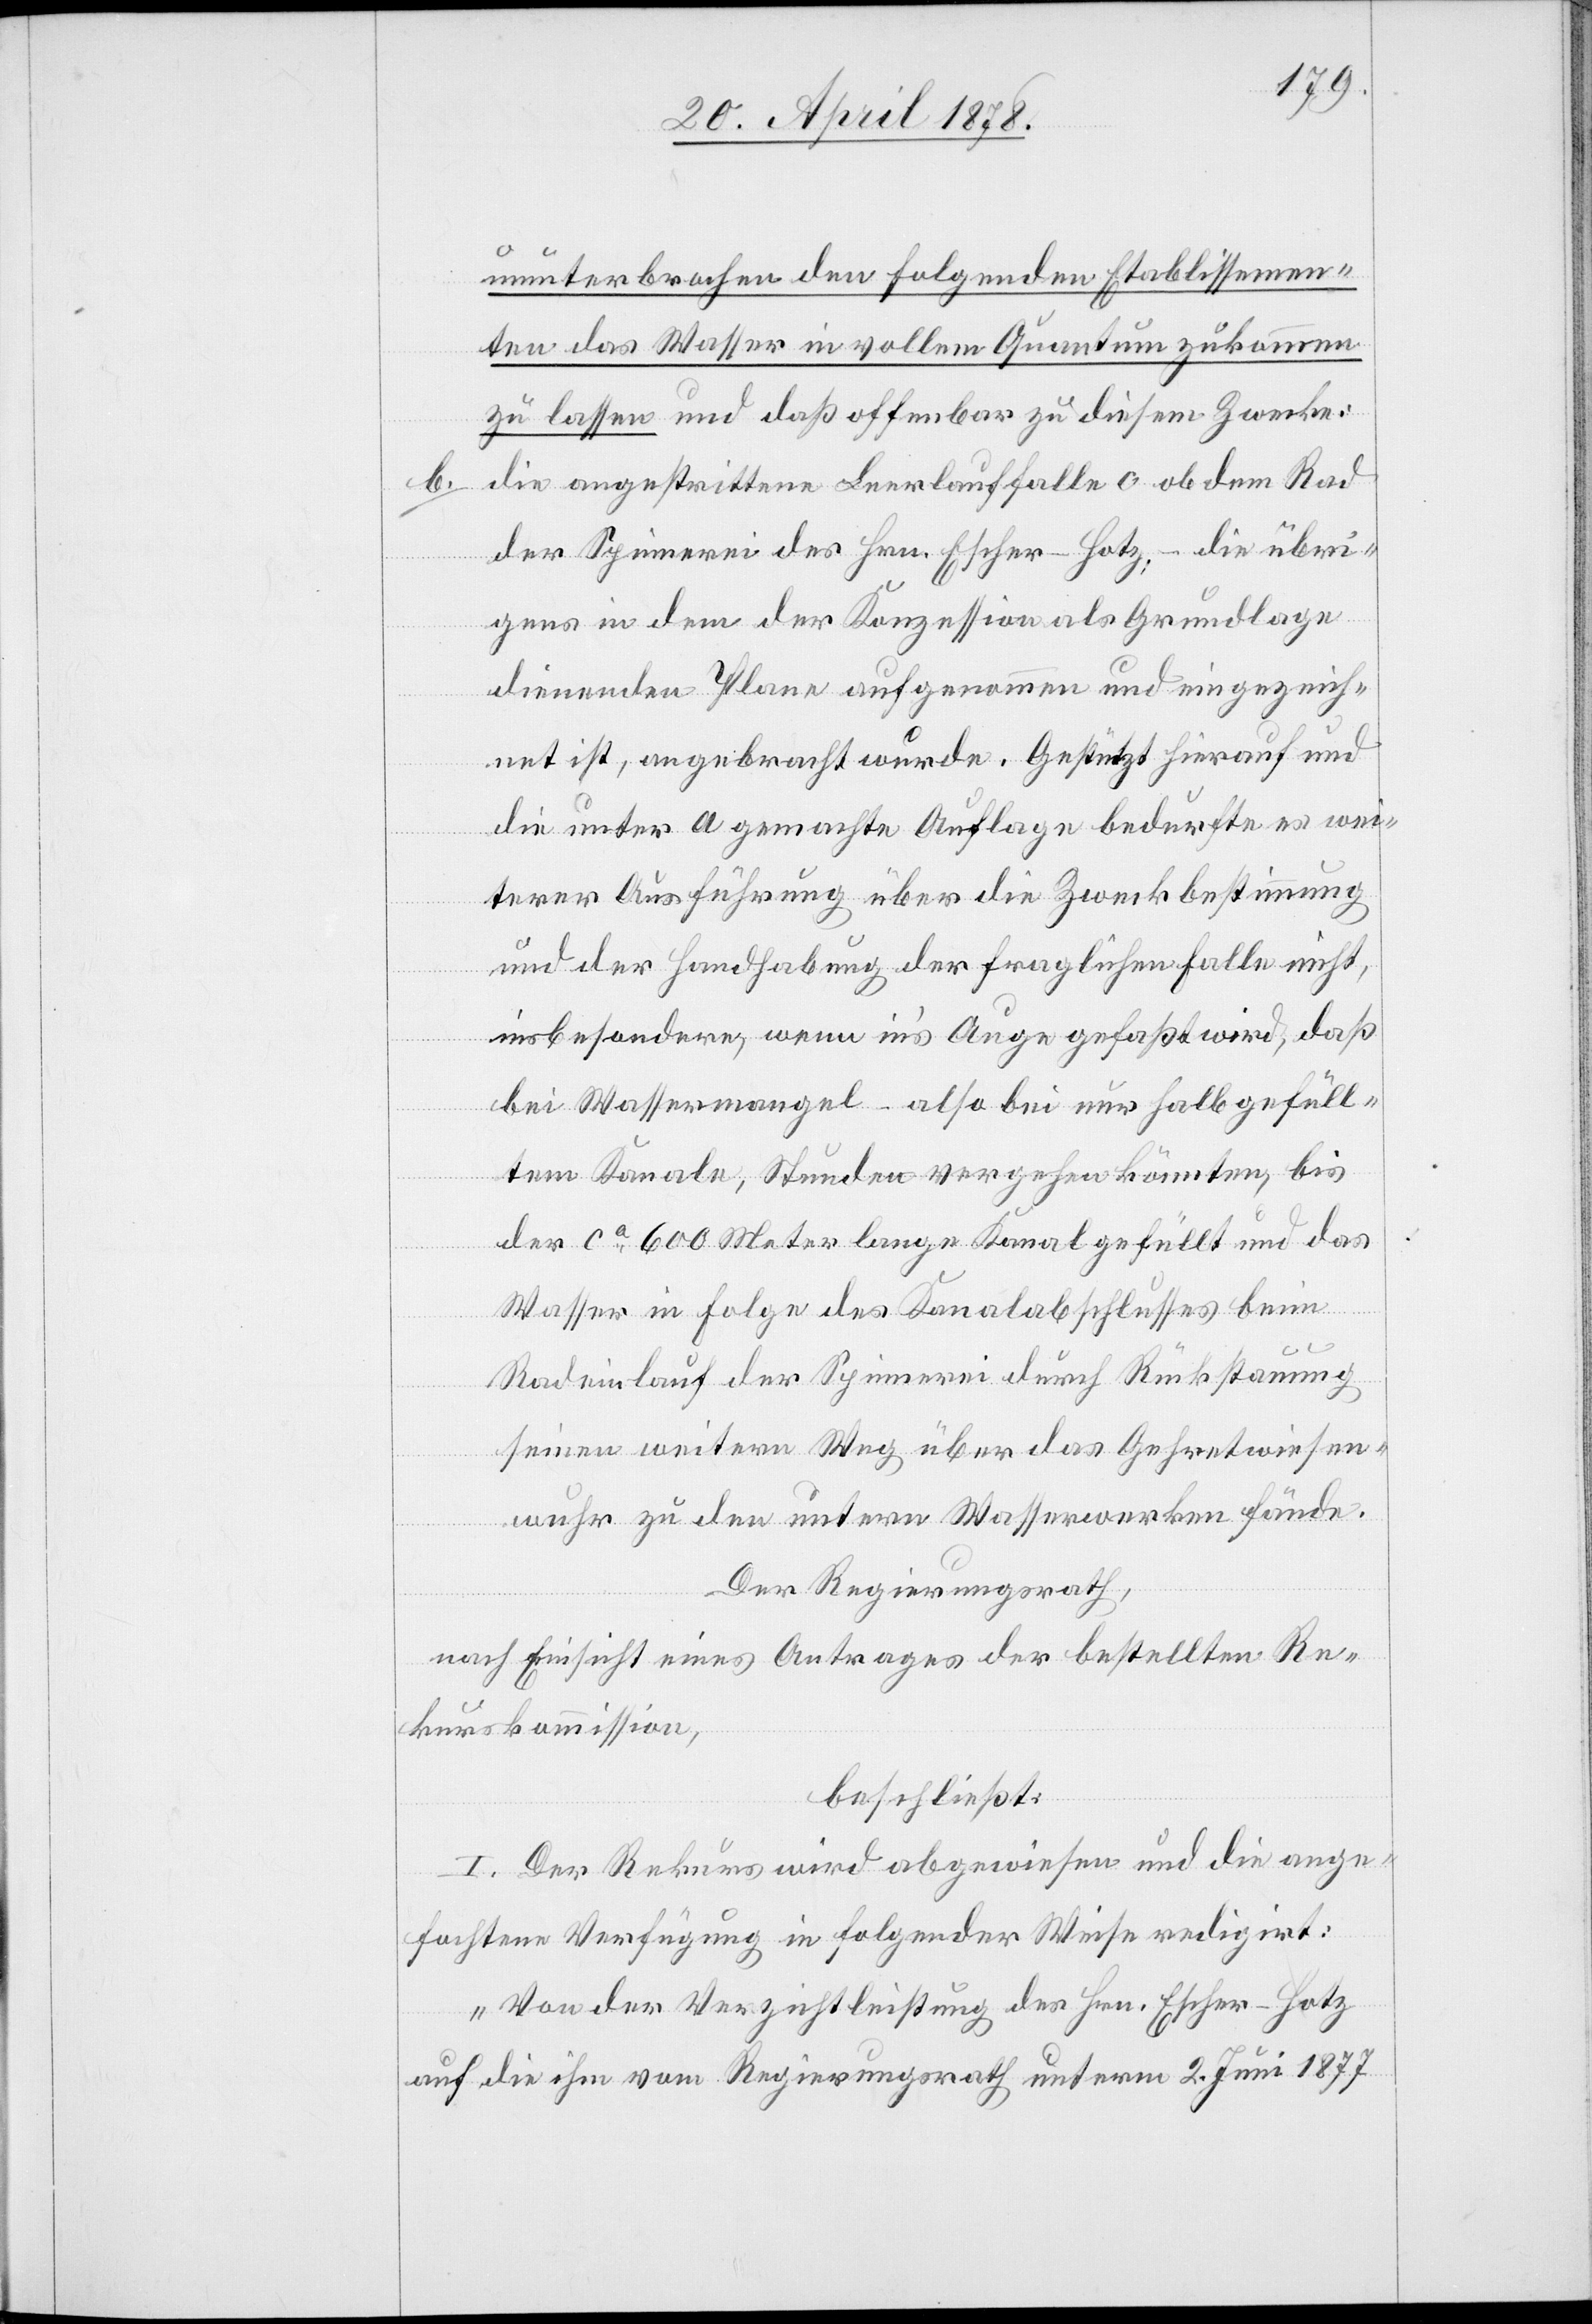
b.

ununterbrochen den folgenden Etablissemen¬
ten das Wasser in vollem Quantum zukommen
zu lassen und daß offenbar zu diesem Zwecke:
die angestrittene Leerlauffalle c ob dem Rad
der Spinnerei der Hrn. Escher-Hotz; – die übri¬
gens in dem der Konzession als Grundlage
dienenden Plane aufgenommen und eingezeich¬
net ist, angebracht wurde. Gestützt hierauf und
die unter a gemachte Auflage bedurfte es wei¬
terer Ausführung über die Zweckbestimmung
und der Handhabung der fraglichen Falle nicht,
insbesondere, wenn in’s Auge gefaßt wird, daß
bei Wassermangel – also bei nur halbgefüll¬
tem Kanal, Stunden vergehen könnten, bis
der ca 600 Meter lange Kanal gefüllt und das
Wasser in Folge des Kanalabschlusses beim
Radeinlauf der Spinnerei durch Rückstauung
seinen weitern Weg über das Gehretwiesen¬
wuhr zu den untern Wasserwerken fände.
Der Regierungsrath,
nach Einsicht eines Antrages der bestellten Re¬
kurskommission,
beschließt:
I. Der Rekurs wird abgewiesen und die ange¬
fochtene Verfügung in folgender Weise redigirt:
„Von der Verzichtleistung des Hrn. Escher-Hotz
auf die ihm vom Regierungsrath unterm 2. Juni 1877